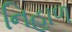
નિહાળ